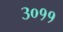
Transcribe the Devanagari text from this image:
३०११